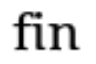
fin